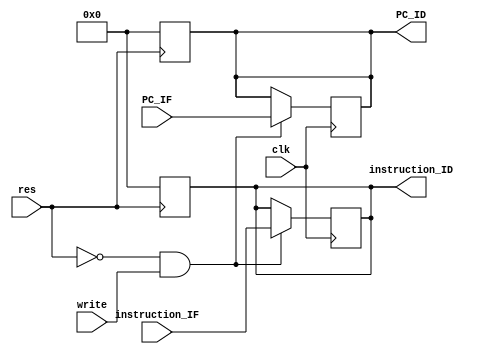
`timescale 1ns / 1ps
//////////////////////////////////////////////////////////////////////////////////
// Company: 
// Engineer: 
// 
// Design Name: 
// Module Name: reg_IF_ID
// Project Name: 
// Target Devices: 
// Tool Versions: 
// Description: 
// 
// Dependencies: 
// 
// Revision:
// Revision 0.01 - File Created
// Additional Comments:
// 
//////////////////////////////////////////////////////////////////////////////////


module reg_IF_ID(
    input clk,
    input res,
    input write,
    input [31:0]PC_IF,
    input[31:0] instruction_IF,
    output reg [31:0]PC_ID,
    output reg [31:0]instruction_ID
    );
    
    always @(posedge res)
    begin 
        instruction_ID  = 0;
        PC_ID = 0;
    end
    
    always @(posedge clk)
    begin
        if(!res && write)
        begin
            instruction_ID <= instruction_IF;
            PC_ID <= PC_IF;
        end
    end
endmodule